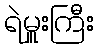
ရဲမှူးကြီး